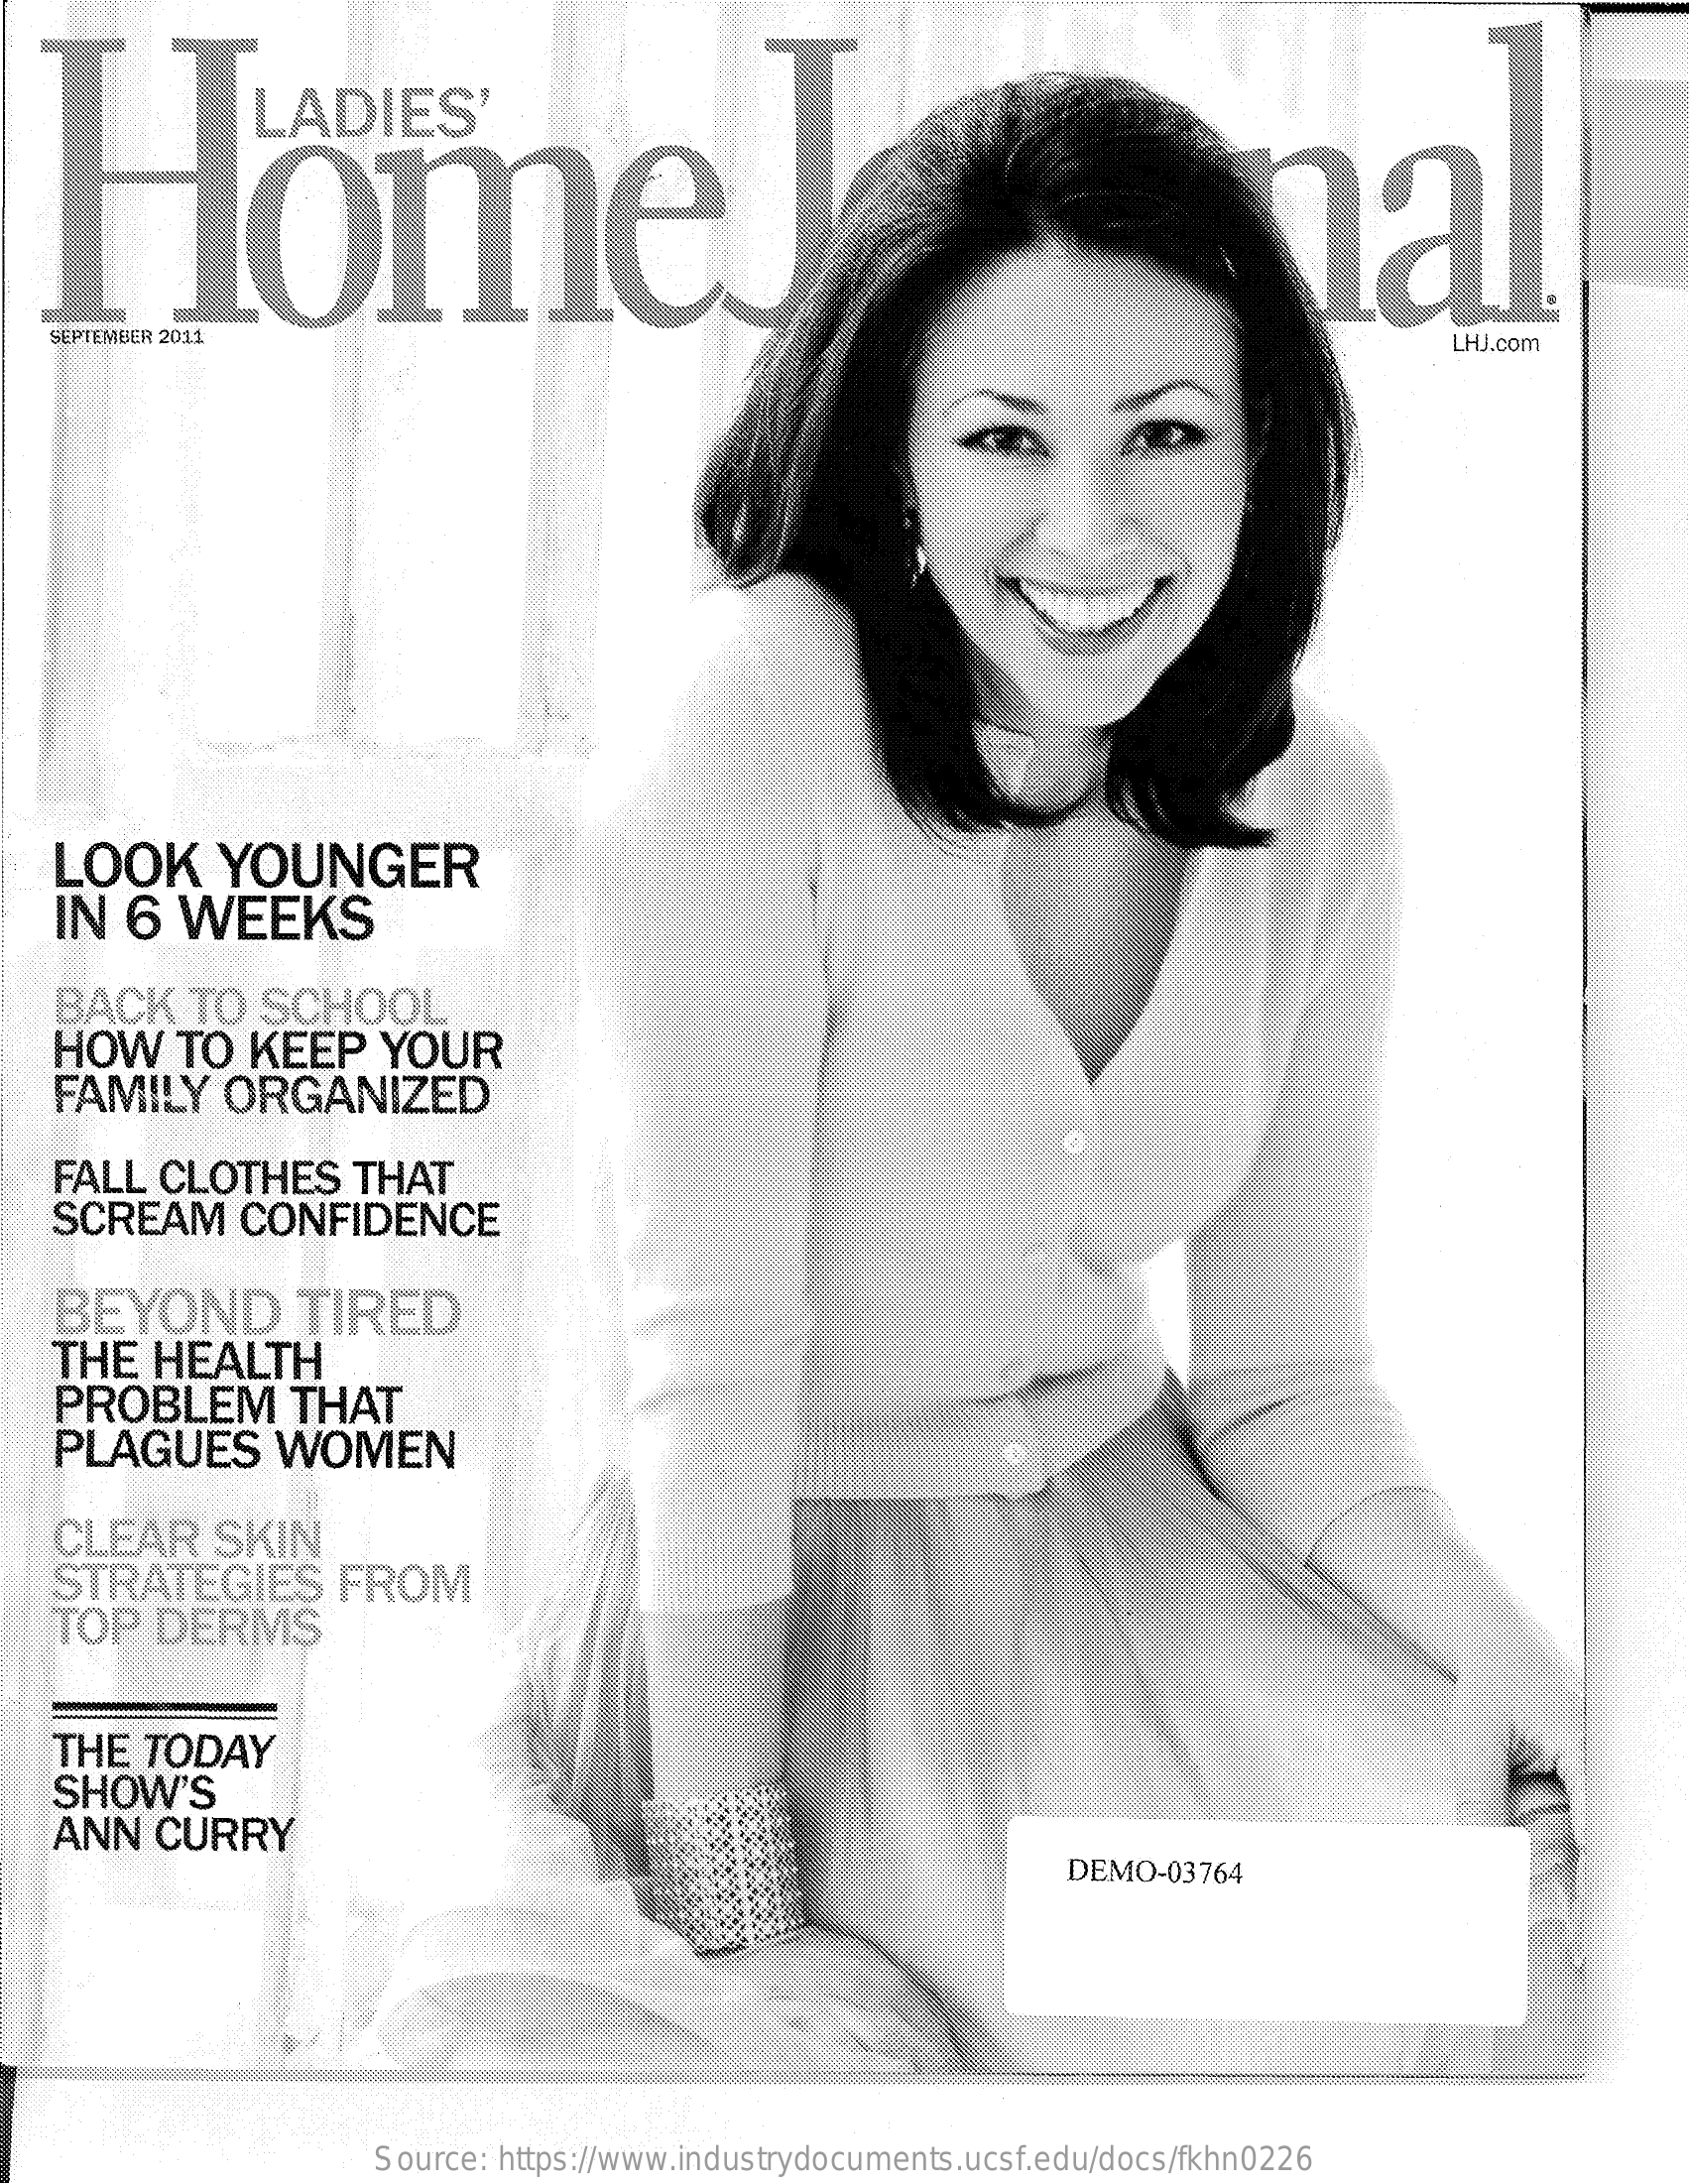
Home    nal
   SEPTEMBER 2011    LHJ.com
   LOOK    YOUNGER
    IN  6  WEEKS
    BACK    TO  SCHOOL
    HOW    TO   KEEP    YOUR
    FAMILY    ORGANIZED
    FALL  CLOTHES    THAT
    SCREAM    CONFIDENCE
    BEYOND    TIRED
    THE  HEALTH
    PROBLEM    THAT
    PLAGUES    WOMEN
    CLEAR    SKIN
    STRATEGIES    FROM
    TOP   DERMS
    THE  TODAY
    SHOW'S
    ANN   CURRY
     DEMO-03764
     Source: https://www.industrydocuments.ucsf.edu/docs/fkhn0226